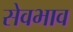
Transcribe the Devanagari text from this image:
सेवभाव